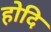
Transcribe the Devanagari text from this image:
होदि